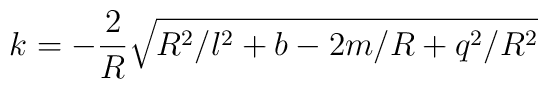
k = -\frac{2}{R}\sqrt{R^2/l^2+b-2m/R+q^2/R^2}